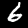
Digit: 6